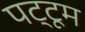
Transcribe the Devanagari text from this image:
पट्टूम